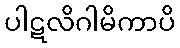
ပါဋလိဂါမိကာပိ